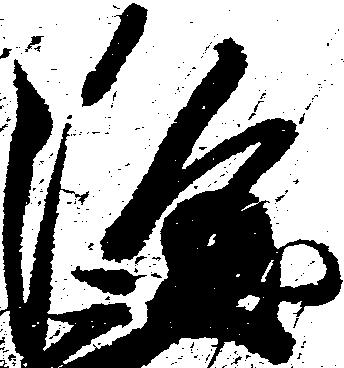
隆